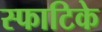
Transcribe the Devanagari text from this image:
स्फाटिके